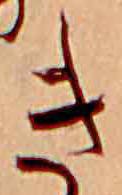
き